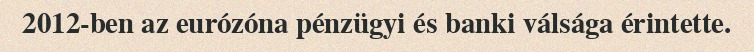
2012-ben az eurózóna pénzügyi és banki válsága érintette.